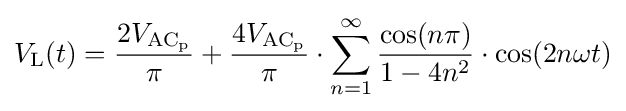
V_{\mathrm {L} }(t)={\frac {2V_{\mathrm {AC_{p}} }}{\pi }}+{\frac {4V_{\mathrm {AC_{p}} }}{\pi }}\cdot \sum _{n=1}^{\infty }{\frac {\cos(n\pi )}{1-4n^{2}}}\cdot \cos(2n\omega t)